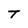
Character: T